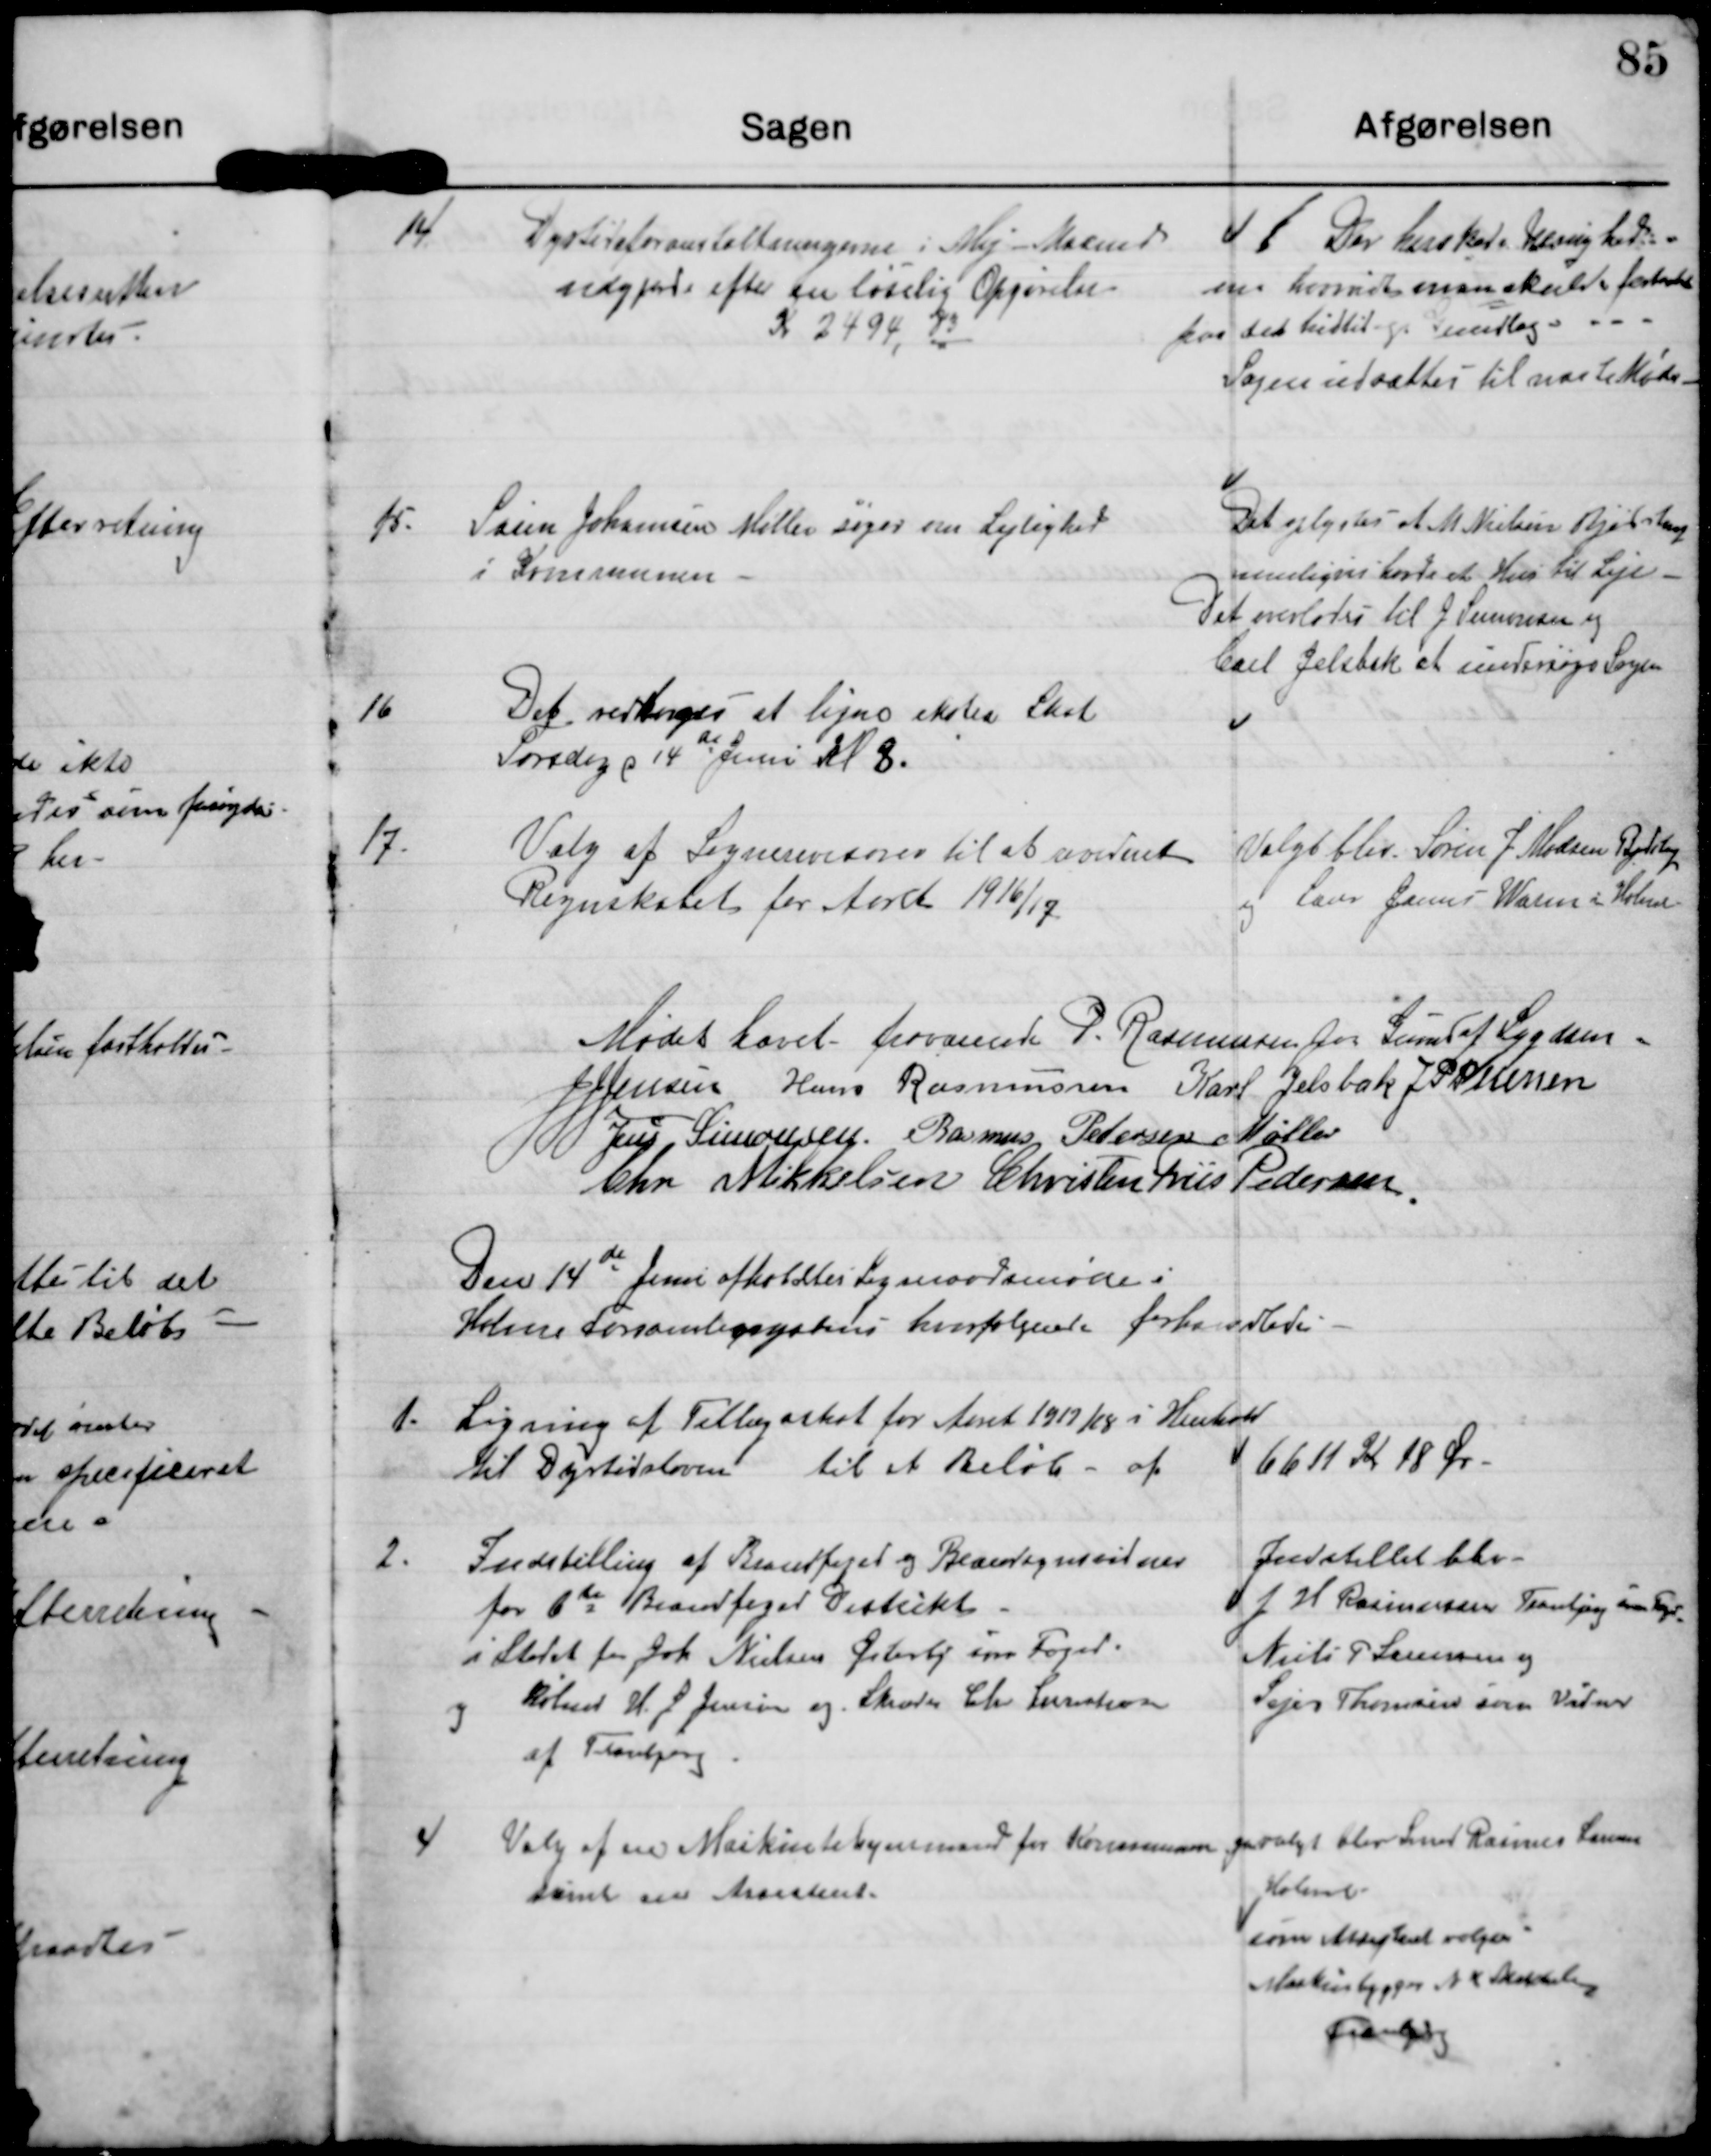
Transskription:
14
Dyrtidsforanstaltningerne i Maj Maaned
udgjorde efter en løselig Opgørelse
Kr 2494,83

Der hersker Uenighed
om hvorvidt man skulde forhandle
paa det hidtidige Grundlag.
Sagen udsattes til næste Møde

15. Søren Johansen Møller søger om Lejlighed
i Kommunen

Det oplystes at M. Nielsen Bjødstrup
muligvis havde et Hus til Leje
Det overlodes til J Simonsen og
Carl Jelsbak at undersøge Sagen

16
Det vedtoges at ligne ekstra Skat
Torsdag d 14de Juni Kl 8.

17.
Valg af Sognerevisorer til at revidere
Regnskabet for Aaret 1916/17.

Valgt blev Søren J Madsen Bjødstrup
og Lærer Janus Worm i Holme

Mødet hævet

formand P. Rasmussen for Grund af Sygdom

J J Jensen

Hans Rasmussen

Karl Jelsbak

J P Pedersen

Jens Simonsen

Rasmus Petersen Møller

Chr Mikkelsen

Christen Friis Pedersen

Den 14de Juni afholdtes Sogneraadsmøde i
Holme Forsamlingshus hvor følgende forhandledes

2. Ligning af Tillægsskat for Aaret 1917/18 i Henhold
til Dyrtidsloven til et Beløb af 6611 K 18 Øre

2.
Indstilling af Brandfoged og Brandsynsvikarer over
for 6de Brandfoged Distrikt
i stedet for Joh Nielsen Østerby som Foged.

Indstillet blev
J H Rasmussen Tranbjerg som Foged
Niels P Sørensen og
Sejer Thomsen som Vikarer

3
Købmd H J Jensen og Skræder Chr Lauritsen
af Tranbjerg

4
Valg af en Maskintilsynsmand for Kommunen
samt en Assistent

genvalgt blev Smed Raimer Larsen
Holme
som Assistent vælges
Maskinbygger N K Skotteborg
Tranbjerg